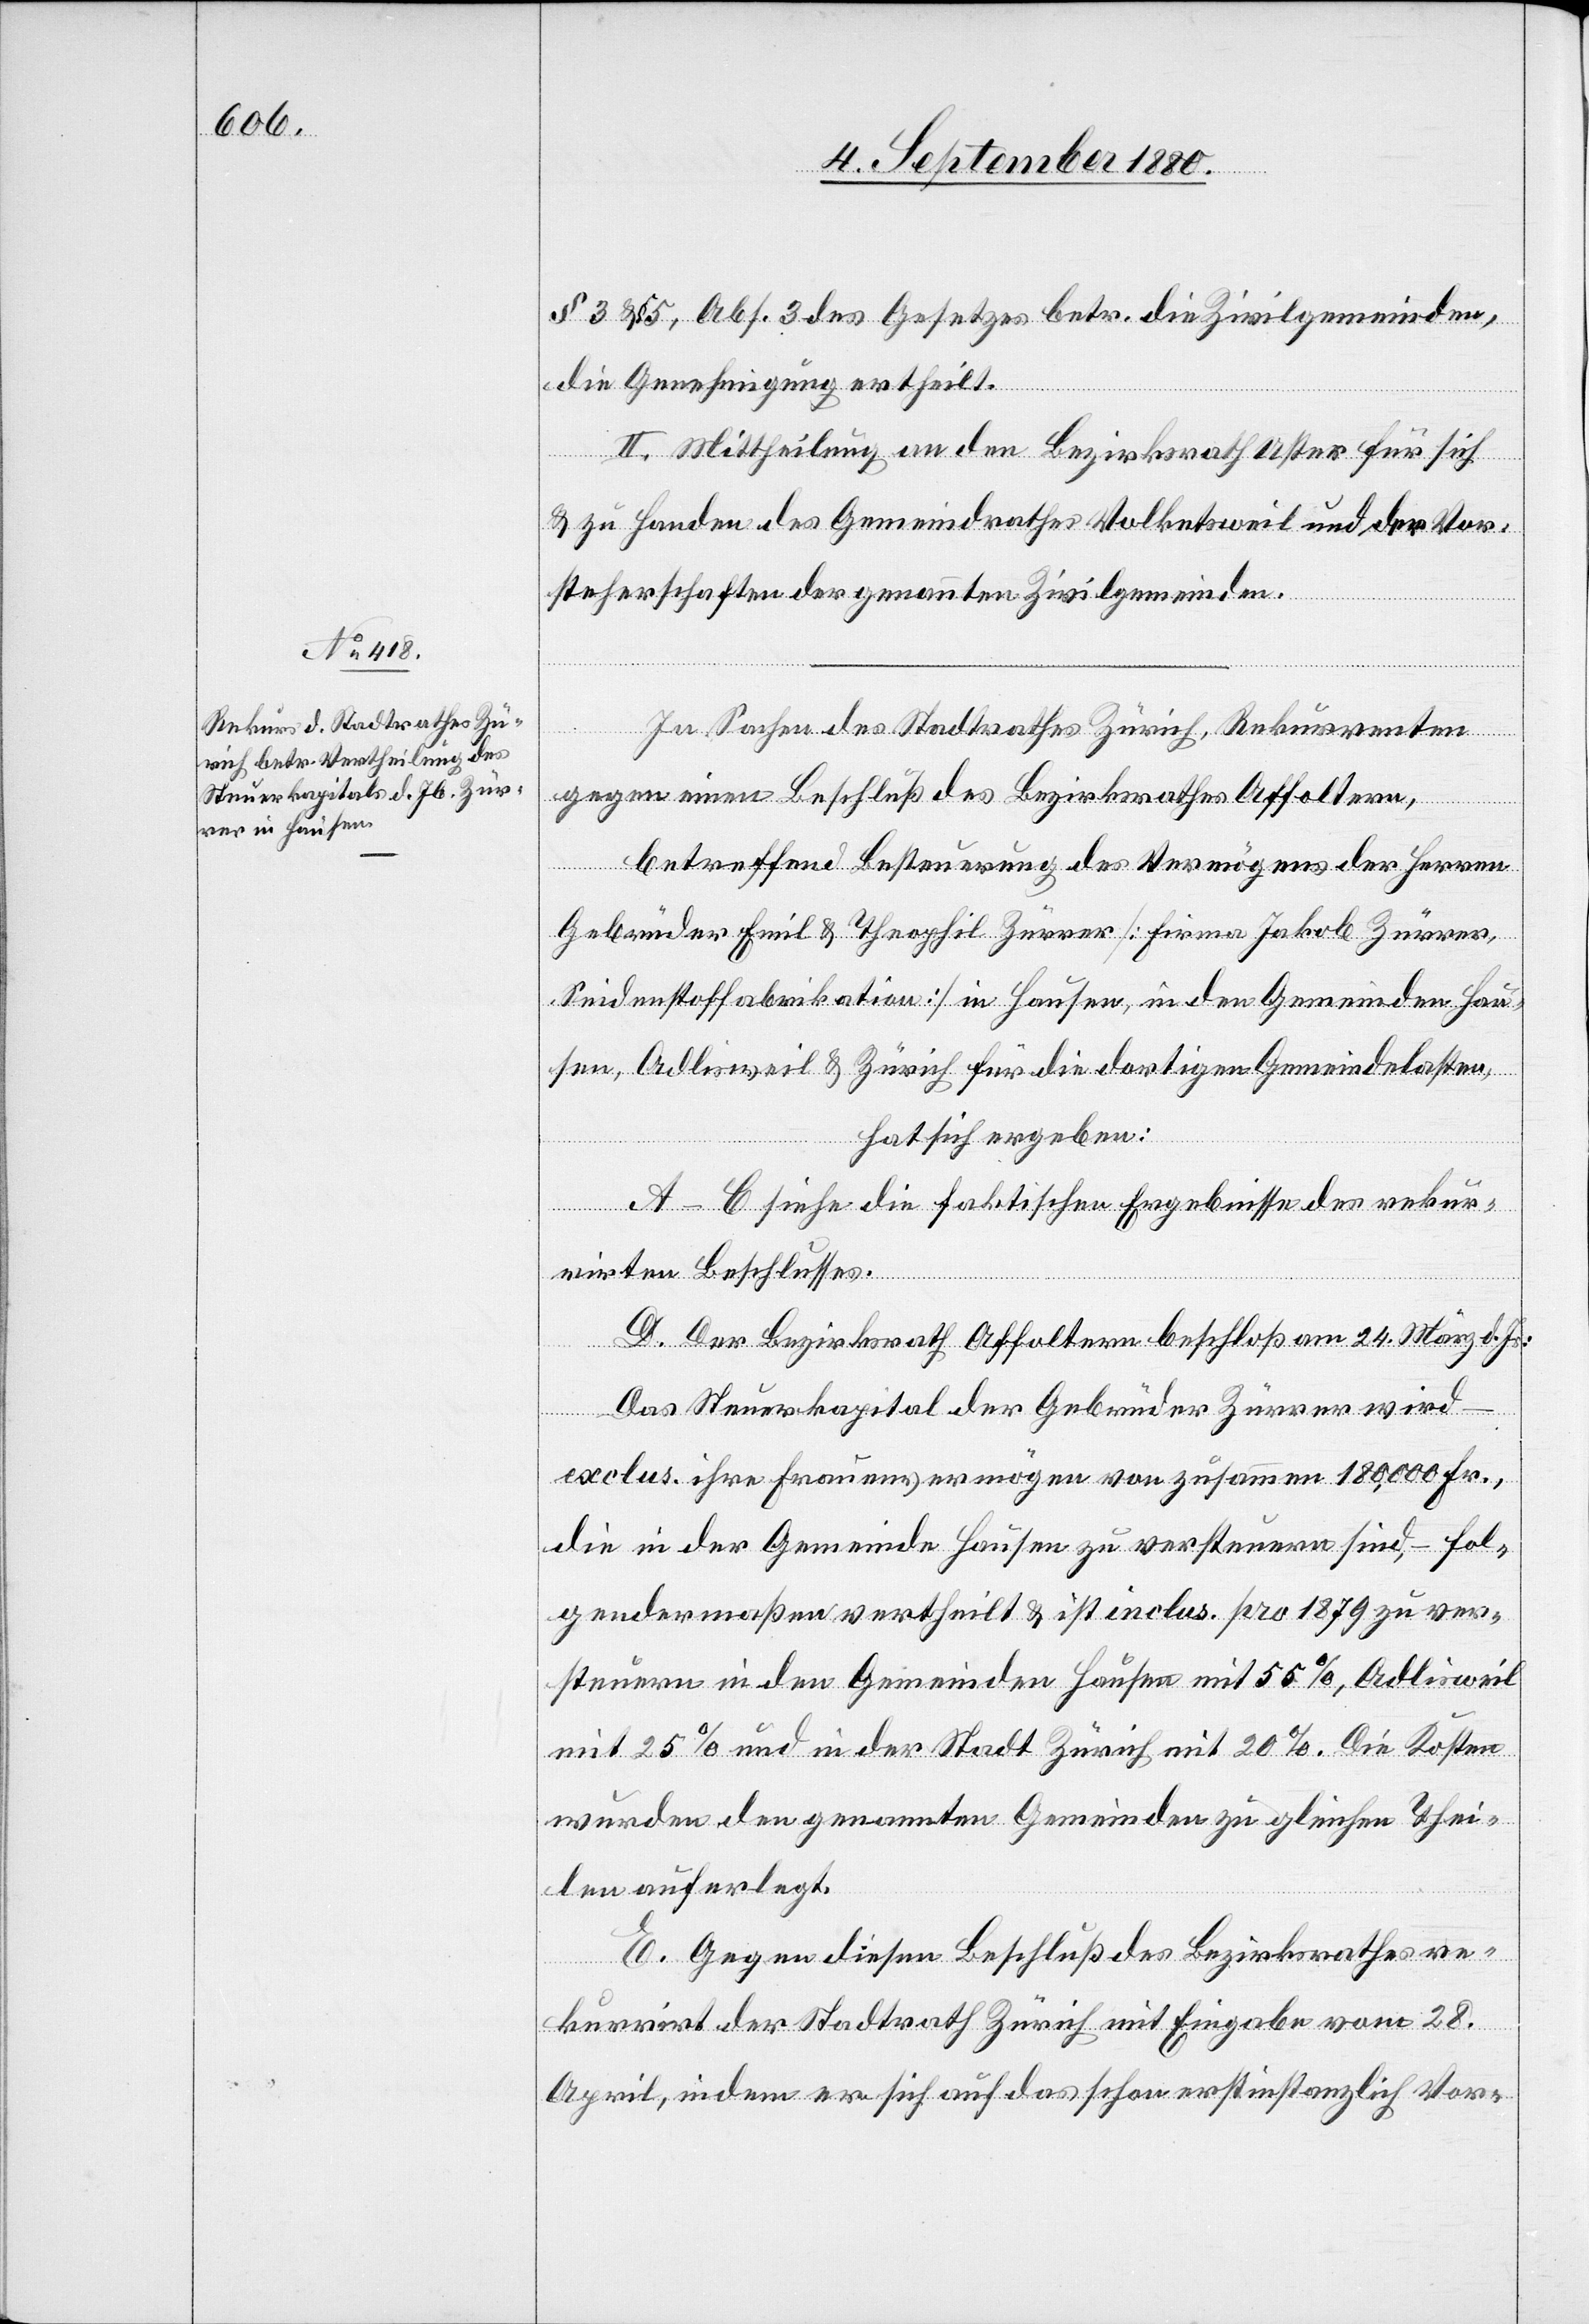
§ 3 & § 5, Abs. 3 des Gesetzes betr. die Zivilgemeinden,
die Genehmigung ertheilt.
II. Mittheilung an den Bezirksrath Uster für sich
wird –
& zu Handen des Gemeindrathes Volketsweil und der Vor¬
steherschaften der genannten Zivilgemeinden.
In Sachen des Stadtrathes Zürich, Rekurrenten
gegen einen Beschluß des Bezirksrathes Affoltern,
betreffend Besteuerung des Vermögens der Herren
Gebrüder Emil & Theophil Zürrer [Firma Jakob Zürrer,
Seidenstofffabrikation] in Hausen, in den Gemeinden Hau¬
sen, Adlisweil & Zürich für die dortigen Gemeindelasten,
hat sich ergeben:
A–C siehe die faktischen Ergebnisse des rekur¬
rirten Beschlusses.
der
exclus. ihre Frauenvermögen von zusammen 180,000 Fr.,
die in der Gemeinde Hausen zu versteuern sind, – fol¬
gendermaßen vertheilt & ist inclus. pro 1879 zu ver¬
steuern in den Gemeinden Hausen mit 55 %, Adlisweil
mit 25 % und in der Stadt Zürich mit 20%. Die Kosten
wurden den genannten Gemeinden zu gleichen Thei¬
len auferlegt.
E. Gegen diesen Beschluß des Bezirksrathes re¬
kurrirt der Stadtrath Zürich mit Eingabe vom 28.
April, indem er sich auf das schon erstinstanzlich Vor-